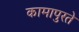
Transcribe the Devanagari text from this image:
कामापुरते